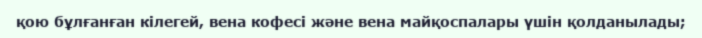
қою бұлғанған кілегей, вена кофесі және вена майқоспалары үшін қолданылады;